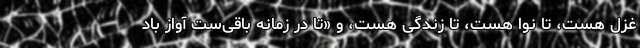
غزل هست، تا نوا هست، تا زندگی هست، و «تا در زمانه باقی‌ست آواز باد